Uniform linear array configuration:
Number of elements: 16
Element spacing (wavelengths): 0.5
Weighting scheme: hann
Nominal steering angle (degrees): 0
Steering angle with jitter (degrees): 0.575
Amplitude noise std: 0.05
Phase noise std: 0.05

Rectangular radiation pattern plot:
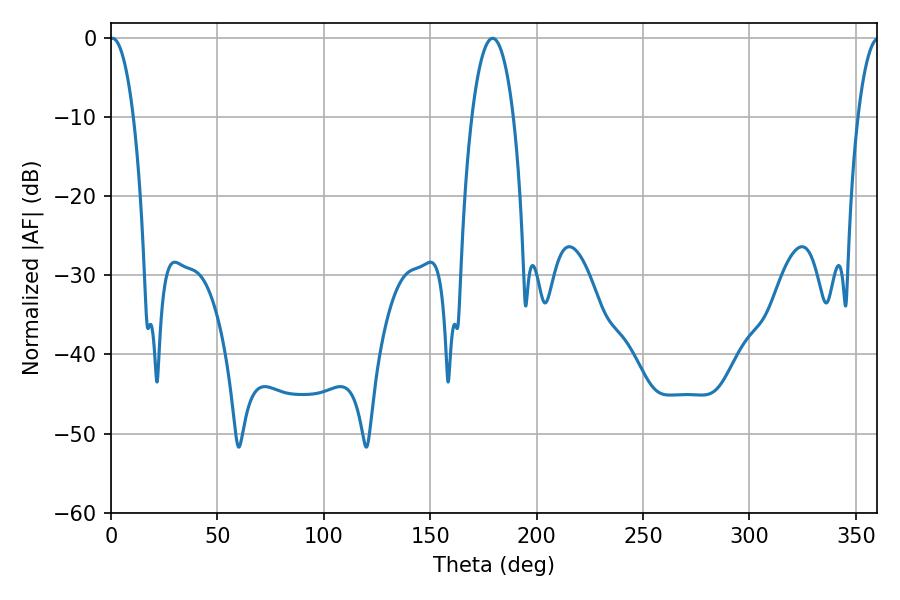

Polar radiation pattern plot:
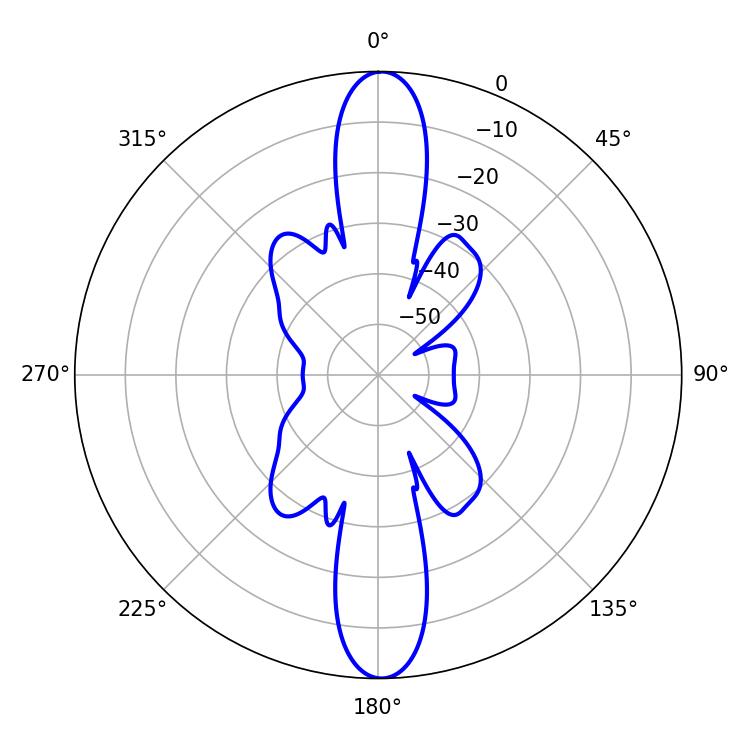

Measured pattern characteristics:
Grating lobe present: FALSE
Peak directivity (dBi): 26.361
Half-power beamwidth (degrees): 6.12
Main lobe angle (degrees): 0.72